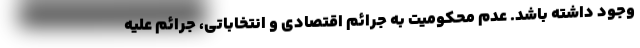
وجود داشته باشد. عدم محکومیت به جرائم اقتصادی و انتخاباتی، جرائم علیه